Annual administration report of the Civil Veterinary Department, Ajmere-Merwara, British Rajputana - 1914-1940
Year: 1914
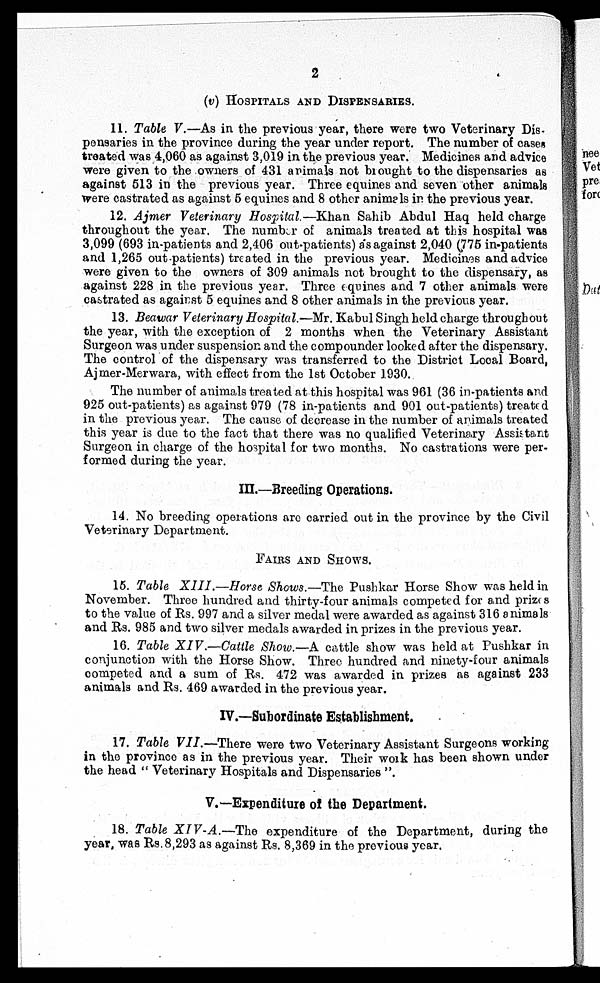
2
(v) HOSPITALS AND DISPENSARIES.
11. Table V.—As in the previous year, there were two Veterinary Dis-
pensaries in the province during the year under report. The number of cases
treated was 4,060 as against 3,019 in the previous year. Medicines and advice
were given to the owners of 431 animals not brought to the dispensaries as
against 513 in the previous year. Three equines and seven other animals
were castrated as against 5 equines and 8 other animals in the previous year.
12. Ajmer Veterinary Hospital.—Khan Sahib Abdul Haq held charge
throughout the year. The number of animals treated at this hospital was
3,099 (693 in-patients and 2,406 out-patients) as against 2,040 (775 in-patients
and 1,265 out-patients) treated in the previous year. Medicines and advice
were given to the owners of 309 animals not brought to the dispensary, as
against 228 in the previous year. Three equines and 7 other animals were
castrated as against 5 equines and 8 other animals in the previous year.
13. Beawar Veterinary Hospital.—Mr. Kabul Singh held charge throughout
the year, with the exception of 2 months when the Veterinary Assistant
Surgeon was under suspension and the compounder looked after the dispensary.
The control of the dispensary was transferred to the District Local Board,
Ajmer-Merwara, with effect from the 1st October 1930.
The number of animals treated at this hospital was 961 (36 in-patients and
925 out-patients) as against 979 (78 in-patients and 901 out-patients) treated
in the previous year. The cause of decrease in the number of animals treated
this year is due to the fact that there was no qualified Veterinary Assistant
Surgeon in charge of the hospital for two months. No castrations were per-
formed during the year.
III.—Breeding Operations.
14. No breeding operations are carried out in the province by the Civil
Veterinary Department.
FAIRS AND SHOWS.
15. Table XIII.—Horse Shows.—The Pushkar Horse Show was held in
November. Three hundred and thirty-four animals competed for and prizes
to the value of Rs. 997 and a silver medal were awarded as against 316 animals
and Rs. 985 and two silver medals awarded in prizes in the previous year.
16. Table XIV.—Cattle Show.—A cattle show was held at Pushkar in
conjunction with the Horse Show. Three hundred and ninety-four animals
competed and a sum of Rs. 472 was awarded in prizes as against 233
animals and Rs. 469 awarded in the previous year.
IV.—Subordinate Establishment.
17. Table VII.—There were two Veterinary Assistant Surgeons working
in the province as in the previous year. Their work has been shown under
the head "Veterinary Hospitals and Dispensaries".
V.—Expenditure of the Department.
18. Table XIV-A.—The
expenditure of the Department, during the
year, was Rs. 8,293 as against Rs. 8,369 in the previous year.